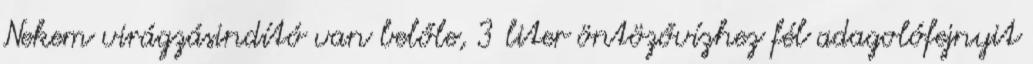
Nekem virágzásindító van belőle, 3 liter öntözővízhez fél adagolófejnyit